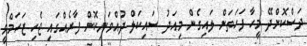
ދަސްކޮށްދޭ މީހާ ފަހަތަށް ލައިގެން މިއަދު ސައިކަލް ދުއްވަނިކޮށް ފާރެއްގައި ޖެހި ޒަހަމްވީ